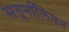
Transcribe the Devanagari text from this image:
सतुर्नालियन